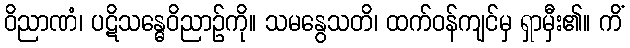
ဝိညာဏံ၊ ပဋိသန္ဓေဝိညာဉ်ကို။ သမနွေသတိ၊ ထက်ဝန်ကျင်မှ ရှာမှီး၏။ ကိံ